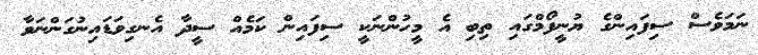
ނަމަވެސް ސިފައިންގެ ޔުނީފޯމްގައި ތިބި އެ މީހުންނަކީ ސިފައިން ކަމެއް ސީދާ އެނގިވަޑައިނުގަންނަވާ